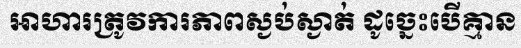
អាហារត្រូវការភាពស្ងប់ស្ងាត់ ដូច្នេះបើគ្មាន